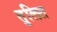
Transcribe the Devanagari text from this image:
तुलित